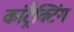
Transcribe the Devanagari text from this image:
कांट्रैक्टिंग